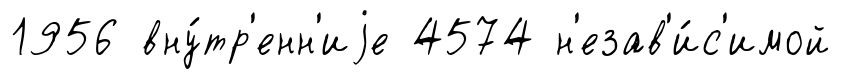
1956 вну́тр'енн'иjе 4574 н'езав'и́с'имой